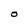
Character: O